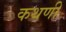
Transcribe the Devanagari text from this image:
कथणी